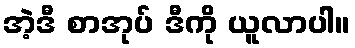
အဲ့ဒီ စာအုပ် ဒီကို ယူလာပါ။